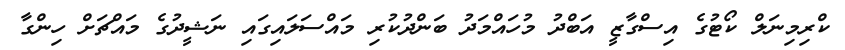
ކްރިމިނަލް ކޯޓުގެ އިސްގާޒީ އަބްދު މުހައްމަދު ބަންދުކުރި މައްސަލައިގައި ނަޝީދުގެ މައްޗަށް ހިންގާ